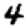
Digit: 4